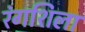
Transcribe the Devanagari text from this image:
रंगशिला